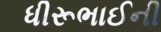
ધીરૂભાઈની